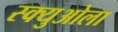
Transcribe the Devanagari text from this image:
स्क्युओला